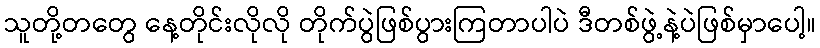
သူတို့တတွေ နေ့တိုင်းလိုလို တိုက်ပွဲဖြစ်ပွားကြတာပါပဲ ဒီတစ်ဖွဲ့နဲ့ပဲဖြစ်မှာပေါ့။